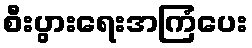
စီးပွားရေးအကြံပေး